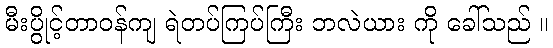
မီးပွိုင့်တာဝန်ကျ ရဲတပ်ကြပ်ကြီး ဘလဲယား ကို ခေါ်သည် ။